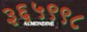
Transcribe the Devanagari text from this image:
३६५९९८